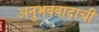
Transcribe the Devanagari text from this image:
अनुभववादाची